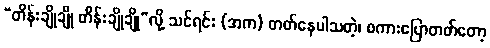
“တိန်းချိုချို တိန်းချိုချို”လို့ သင်ရင်း (အက) တတ်နေပါသတဲ့၊ စကားပြောတတ်တော့